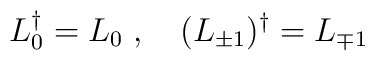
L_0^\dag = L_0 \; , \quad (L_{\pm 1} )^\dag = L_{\mp 1}